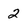
Character: 2